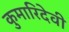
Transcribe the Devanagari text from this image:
कुमारिदेवी